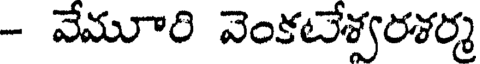
- వేమూరి వెంకటేశ్వరశర్మ